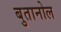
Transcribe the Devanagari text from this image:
बुतानोल